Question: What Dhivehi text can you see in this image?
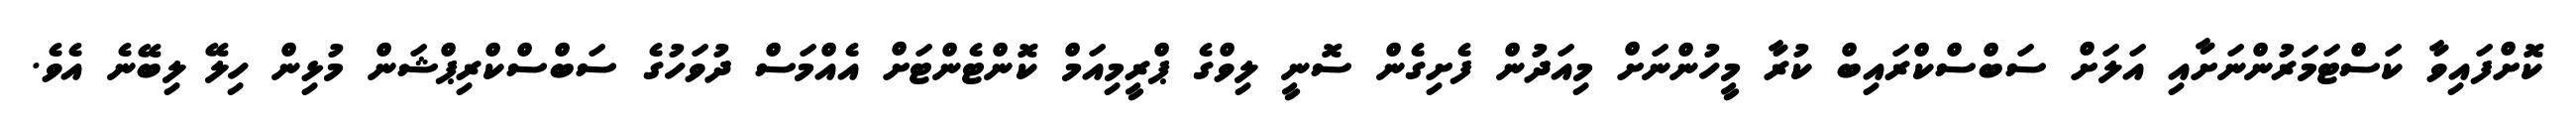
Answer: ކޮށްފައިވާ ކަސްޓަމަރުންނަށާއި އަލަށް ސަބްސްކްރައިބް ކުރާ މީހުންނަށް މިއަދުން ފެށިގެން ސޮނީ ލިވްގެ ޕްރީމިއަމް ކޮންޓެންޓަށް އެއްމަސް ދުވަހުގެ ސަބްސްކްރިޕްޝަން މުޅިން ހިލޭ ލިބޭނެ އެވެ.